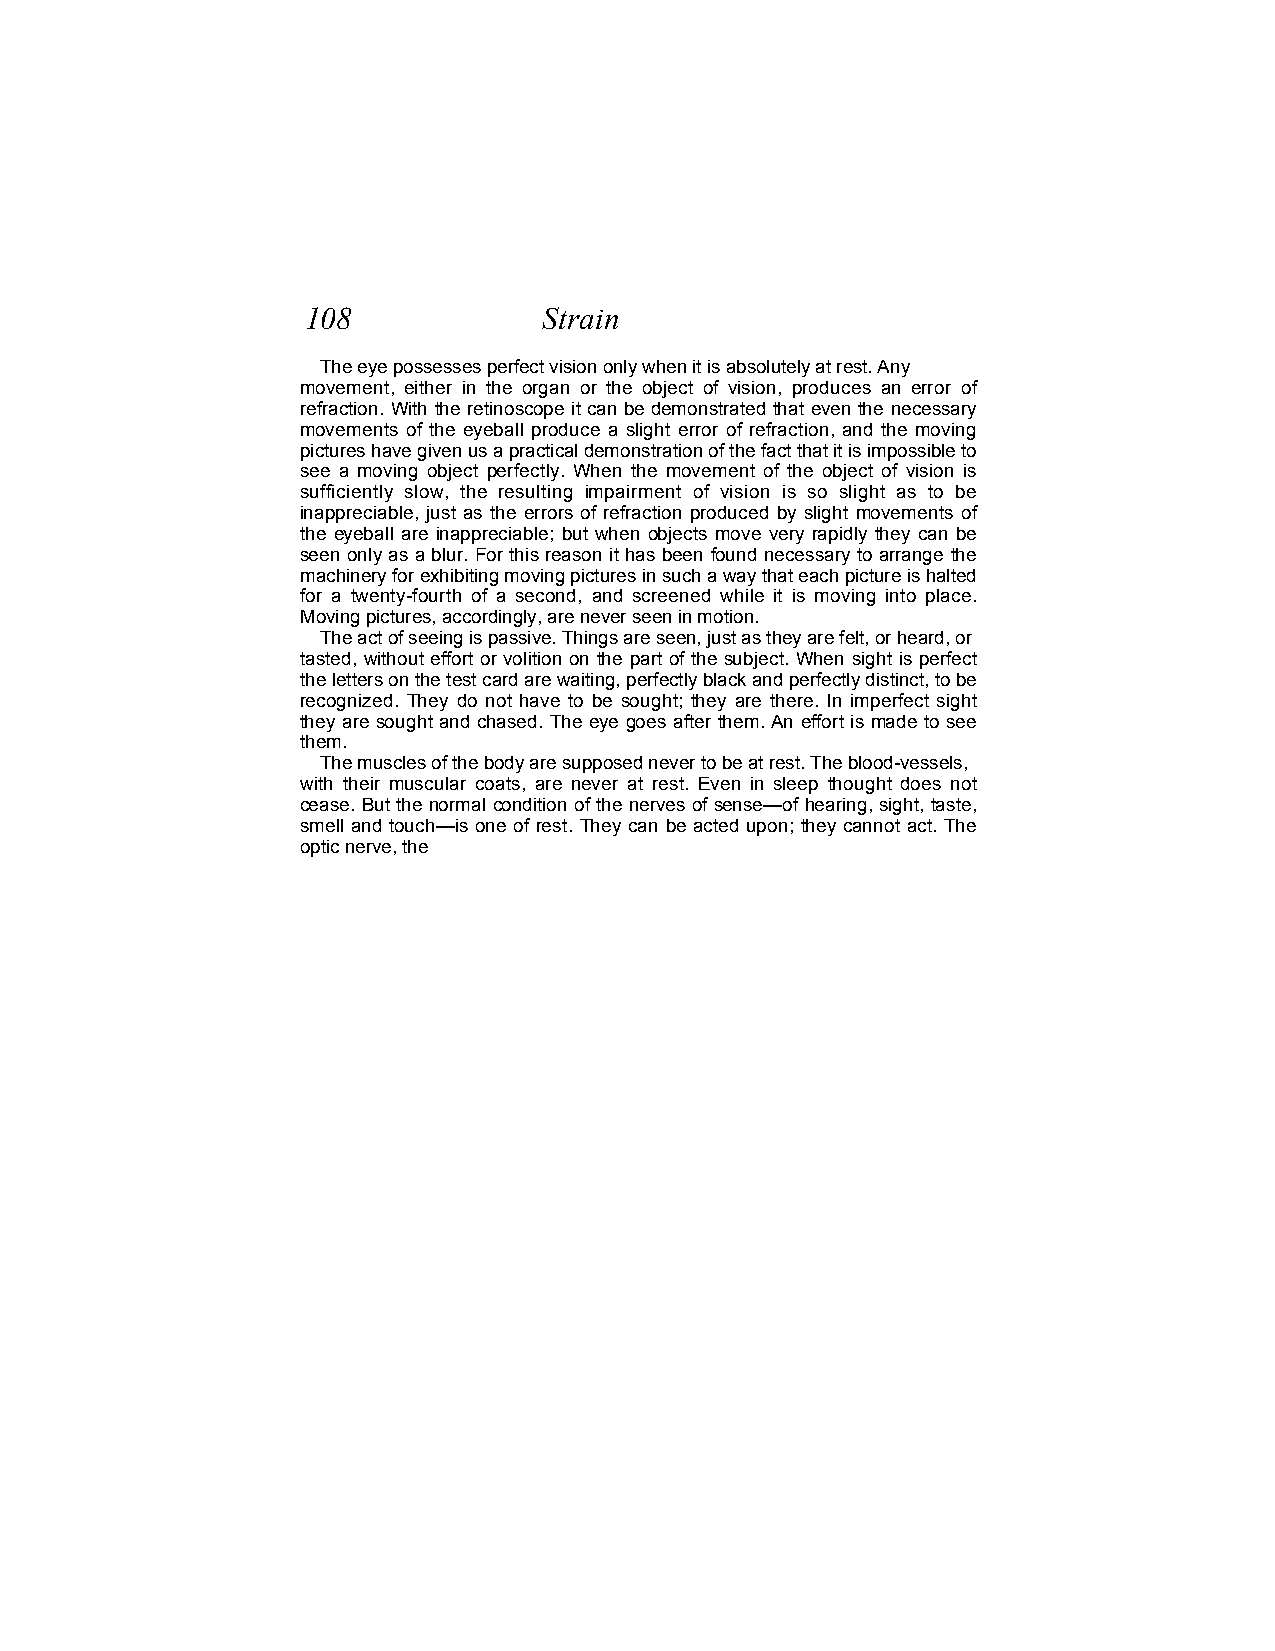
108             Strain
 The eye possesses perfect vision only when it is absolutely at rest. Any
 movement, either in the organ or the object of vision, produces an error of
 refraction. With the retinoscope it can be demonstrated that even the necessary
 movements of the eyeball produce a slight error of refraction, and the moving
 pictures have given us a practical demonstration of the fact that it is impossible to
 see a moving object perfectly. When the movement of the object of vision is
 sufficiently slow, the resulting impairment of vision is so slight as to be
 inappreciable, just as the errors of refraction produced by slight movements of
 the eyeball are inappreciable; but when objects move very rapidly they can be
 seen only as a blur. For this reason it has been found necessary to arrange the
 machinery for exhibiting moving pictures in such a way that each picture is halted
 for a twenty-fourth of a second, and screened while it is moving into place.
 Moving pictures, accordingly, are never seen in motion.
 The act of seeing is passive. Things are seen, just as they are felt, or heard, or
 tasted, without effort or volition on the part of the subject. When sight is perfect
 the letters on the test card are waiting, perfectly black and perfectly distinct, to be
 recognized. They do not have to be sought; they are there. In imperfect sight
 they are sought and chased. The eye goes after them. An effort is made to see
 them.
 The muscles of the body are supposed never to be at rest. The blood-vessels,
 with their muscular coats, are never at rest. Even in sleep thought does not
 cease. But the normal condition of the nerves of sense—of hearing, sight, taste,
 smell and touch—is one of rest. They can be acted upon; they cannot act. The
 optic nerve, the